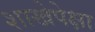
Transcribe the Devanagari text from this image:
शाखेपेक्षा